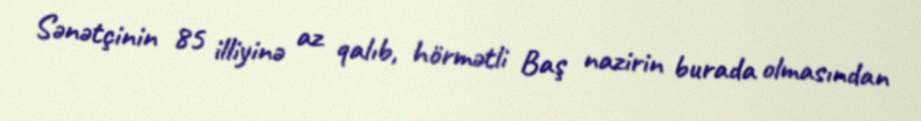
Sənətçinin 85 illiyinə az qalıb, hörmətli Baş nazirin burada olmasından